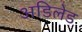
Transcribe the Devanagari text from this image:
अडिलेड